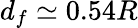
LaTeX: d_{f}\simeq 0.54R